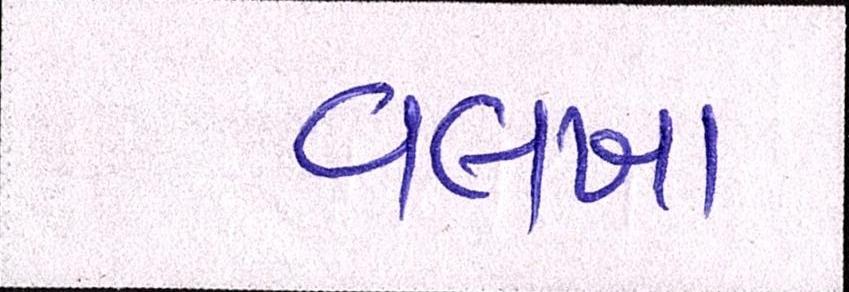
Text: વલખા